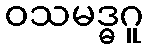
ဝသမဒ္ဓဂူ